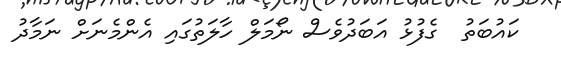
ކައުބަތު  ގެފުޅު އަބަދުވެސް ނޯމަލް ހާލަތުގައި އެންމެނަށް ނަމާދު